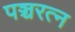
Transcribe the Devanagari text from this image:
पञ्चरत्न